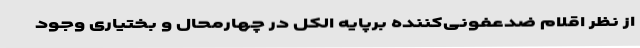
از نظر اقلام ضدعفونی‌کننده برپایه الکل در چهارمحال و بختیاری وجود